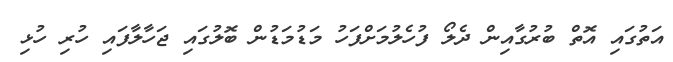
އަތުގައި އޮތް ބުރުގާއިން ދެލޯ ފުހެލުމަށްފަހު މަޑުމަޑުން ބޮލުގައި ޖަހާލާފައި ހުރި ހުޅި